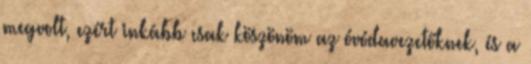
megvolt, ezért inkább csak köszönöm az óvódavezetőknek, és a